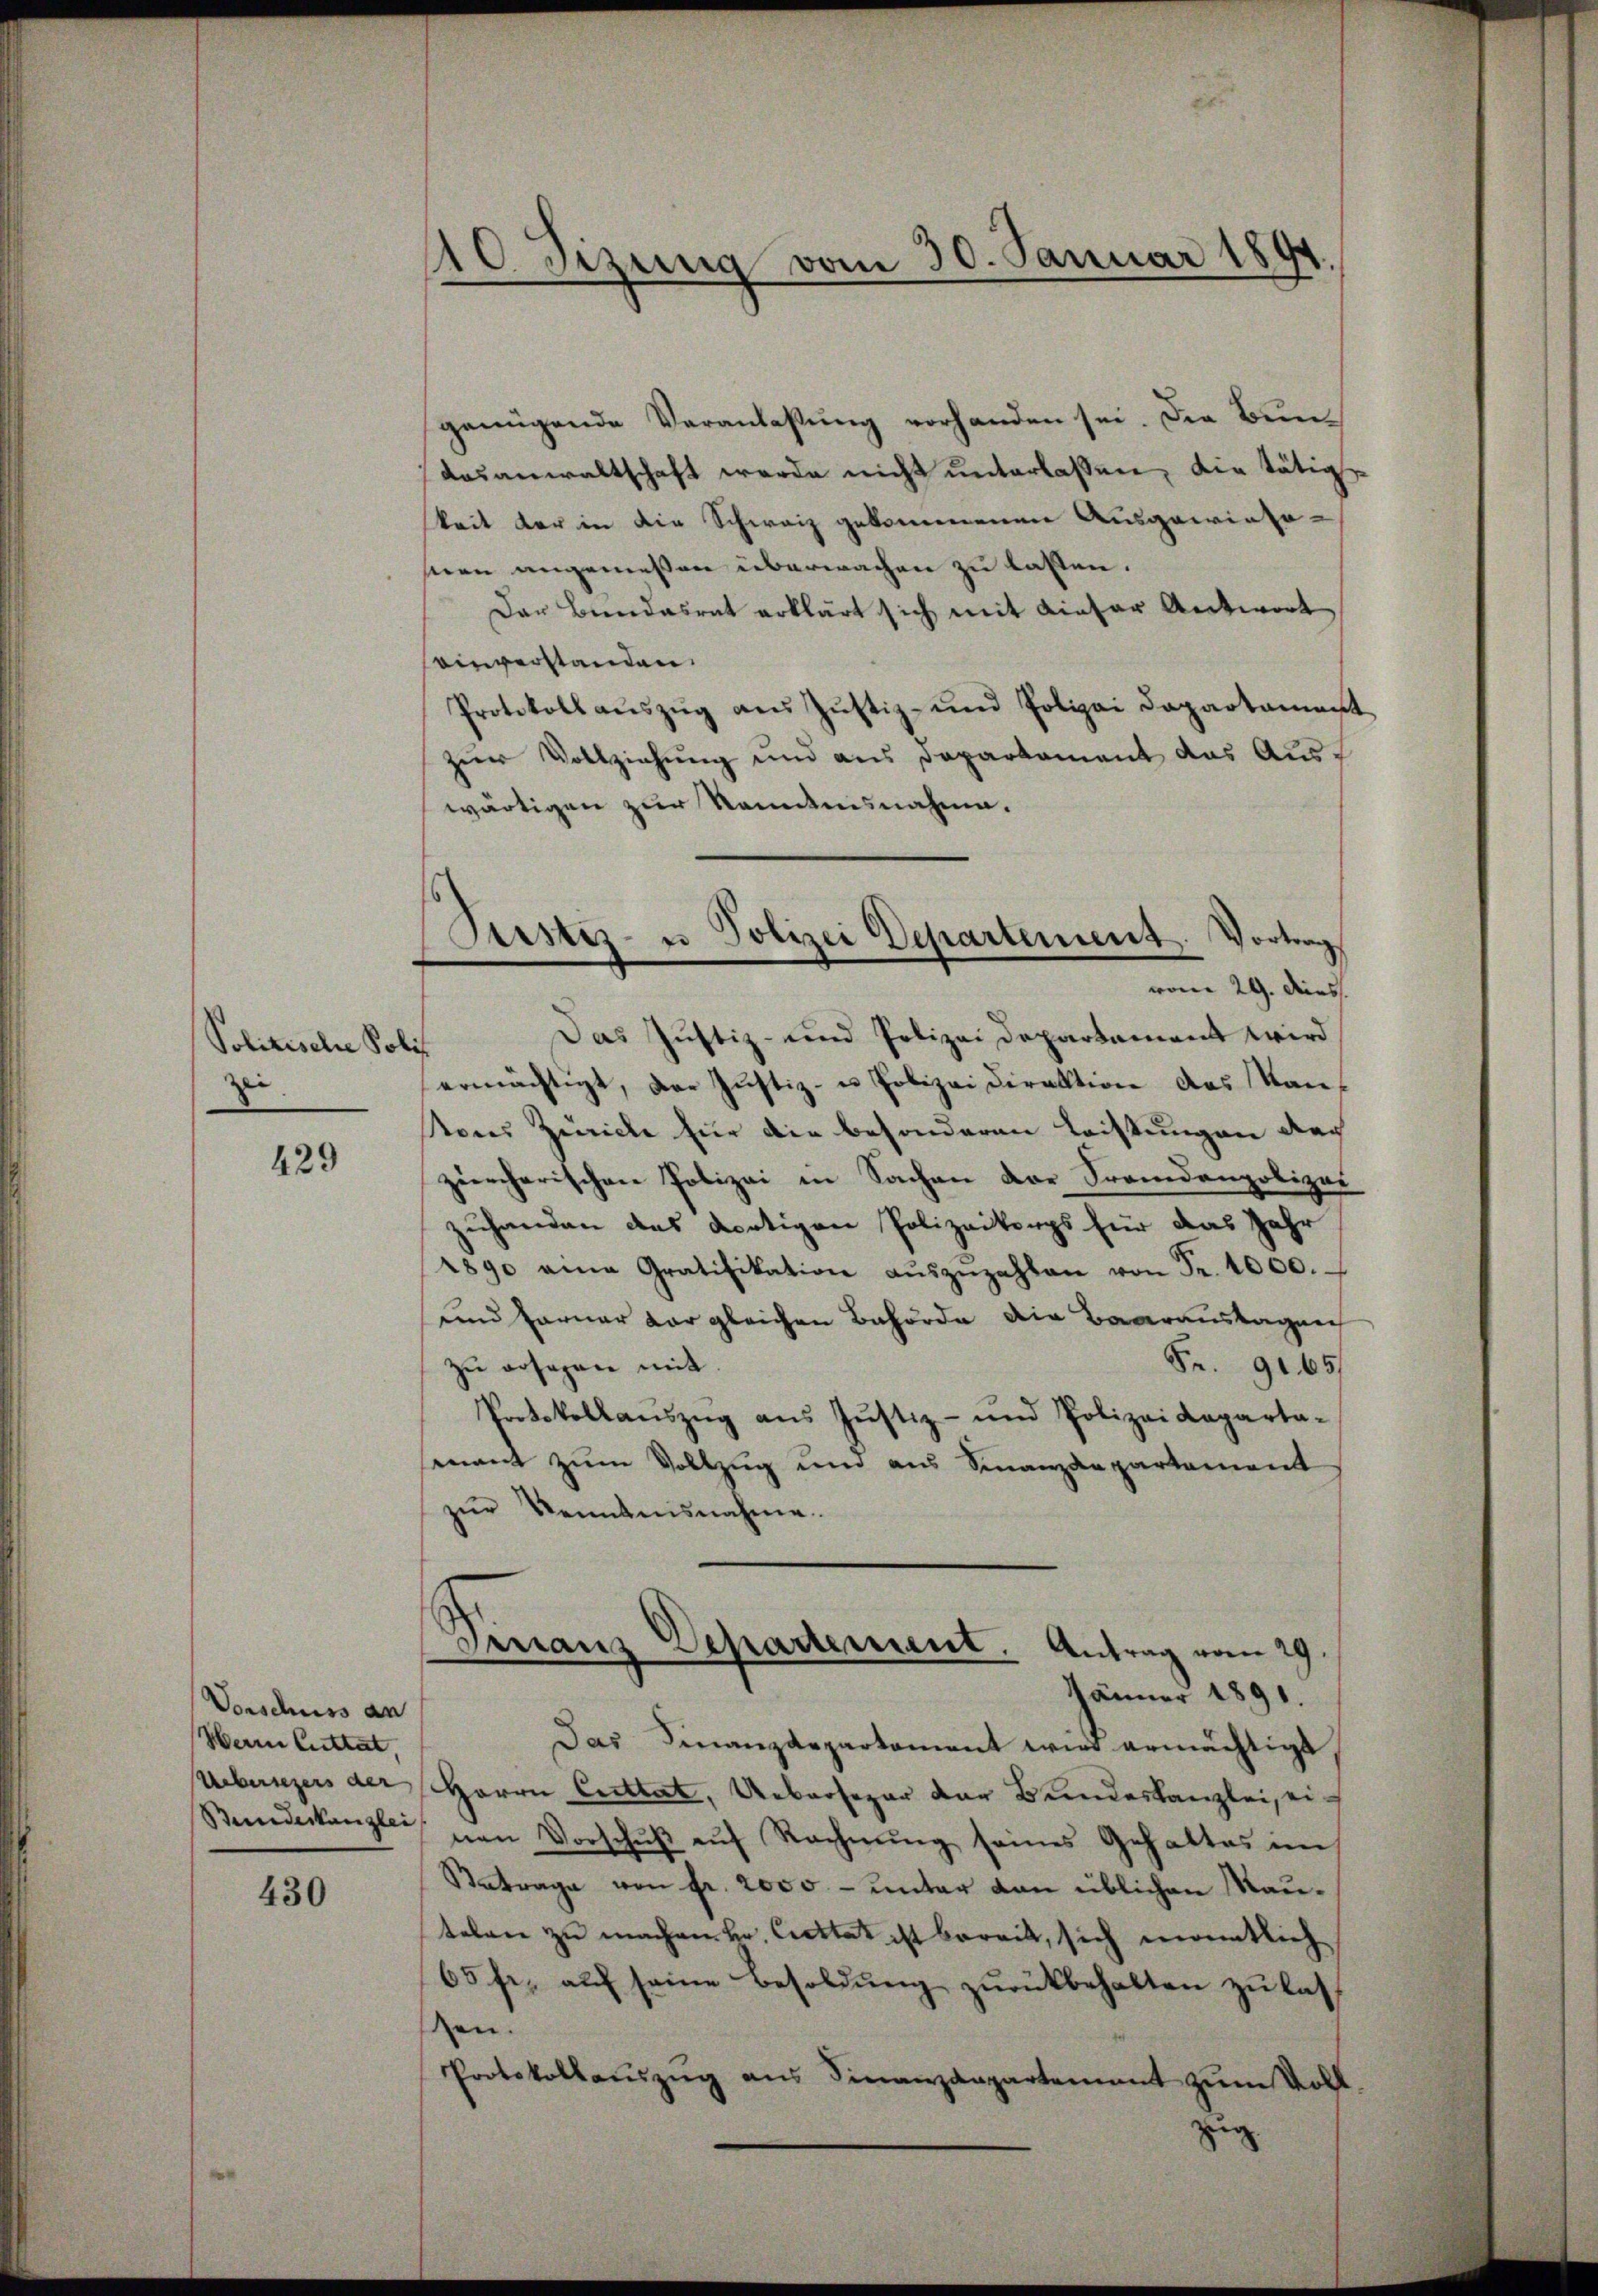
Politische Poliz
z

429

Vorschuss an
Herrn Cuttat,
Uebersezers der

430

.
6sezung vom 30. Januar 1891

Piustiz- u Polizei Departement. Vortrag
vom 29. Dies

genügende Veranlassung vorhanden sei. Die Bundasanwaltschaft werde nicht unterlassen, die tätig
keit der in die Schweiz gekommenen Ausgewiesosnen angemessen überwachen zu lassen.
Der Bundesrat erklärt sich mit dieser Antwort
einverstanden.
Protokoll aŭszŭg ans Jŭstiz- und Polizei Departament
zur Vollziehung und aus Departament das Auswärtigen zur Kenntnisnahme.
Das Justiz- und Polizei Departament wird
ermächtigt, der Justiz- u Polizei Direktion das Kantons Zürich für die besonderen Leistungen dach
ziercherischen Polizei in Sachen der Fremdenpolizei
zuhanden des dortigen Polizeikorps für das Jahr
1890 eine Gratifikation aŭszŭzahlen von Fr. 1000.
und Farner dar gleichen Behörde die Baaranstagen
zu ersagen mit.
Fr. 9165
Protokollaŭszŭg aŭs Justiz- und Polizei Kaparta-
mant zum Vollzug und aus Finanzdepartement
zŭr Kenntnisnahme.
Virranz Departement. Antrag vom 29.
—
Jänner 1891.
Das Finanzdepartement wird ermächtigt
Herrn Cuttat, Uebersegar der Bundeskanzlei, ei¬
Benederkanzlei von Vorschŭβ aŭf Rechnŭng seines Gehaltes im
Retrage von fr. 2000.- unter von üblichen Mautelen zu machen Hr. Cettat ist bereit, sich enemtlich
65 fr. aŭf seine Besoldŭng zurückbehalten zu lashen.
Protokollaŭszŭg aŭs Finanzdepartement zŭm Voll
zug